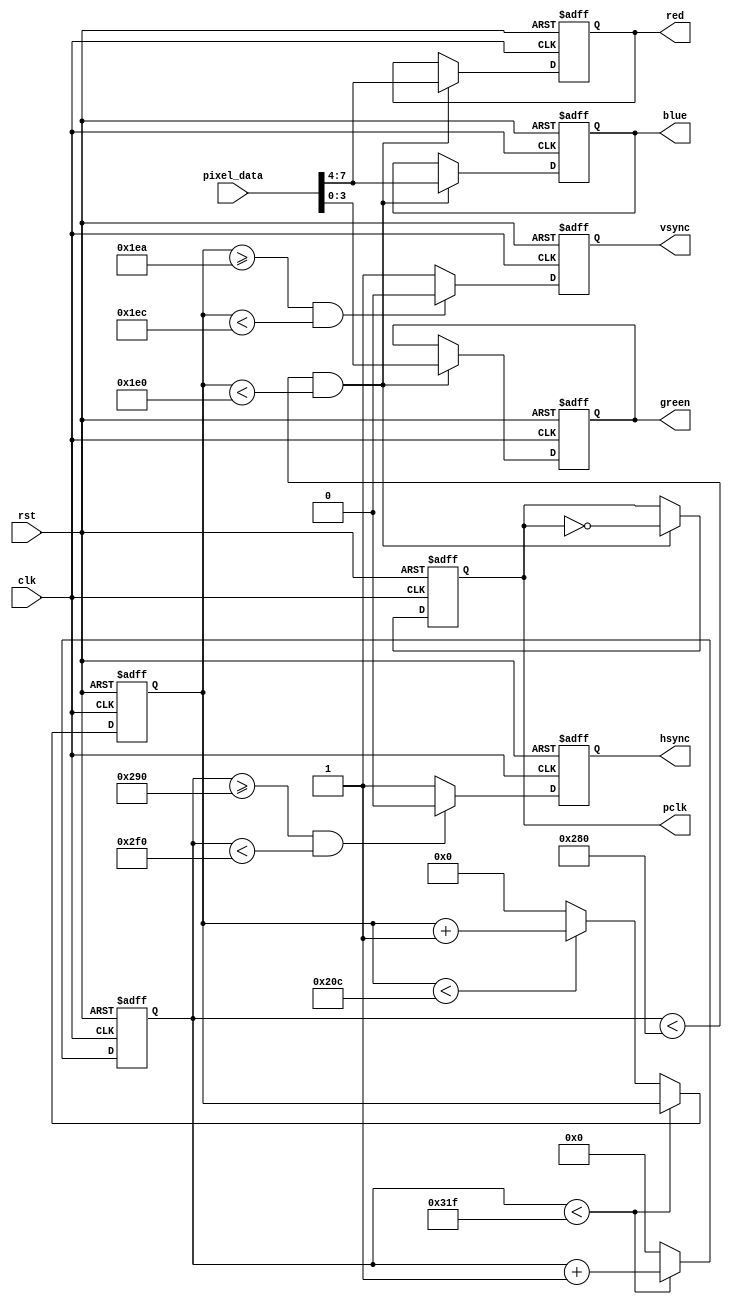
module vga_controller (
    input wire clk,
    input wire rst,
    input wire [7:0] pixel_data,
    output reg hsync,
    output reg vsync,
    output reg pclk,
    output reg [3:0] red,
    output reg [3:0] green,
    output reg [3:0] blue
);

reg [10:0] h_counter;
reg [9:0] v_counter;

// Horizontal timing parameters
parameter H_DISPLAY = 640;
parameter H_FRONT_PORCH = 16;
parameter H_SYNC = 96;
parameter H_BACK_PORCH = 48;

// Vertical timing parameters
parameter V_DISPLAY = 480;
parameter V_FRONT_PORCH = 10;
parameter V_SYNC = 2;
parameter V_BACK_PORCH = 33;

always @(posedge clk or posedge rst) begin
    if (rst) begin
        h_counter <= 0;
        v_counter <= 0;
        hsync <= 1;
        vsync <= 1;
        pclk <= 0;
        red <= 0;
        green <= 0;
        blue <= 0;
    end else begin
        // Horizontal counter
        if (h_counter < H_DISPLAY + H_FRONT_PORCH + H_SYNC + H_BACK_PORCH - 1) begin
            h_counter <= h_counter + 1;
        end else begin
            h_counter <= 0;
            if (v_counter < V_DISPLAY + V_FRONT_PORCH + V_SYNC + V_BACK_PORCH - 1) begin
                v_counter <= v_counter + 1;
            end else begin
                v_counter <= 0;
            end
        end

        // Horizontal sync generation
        if (h_counter >= H_DISPLAY + H_FRONT_PORCH && h_counter < H_DISPLAY + H_FRONT_PORCH + H_SYNC) begin
            hsync <= 0;
        end else begin
            hsync <= 1;
        end

        // Vertical sync generation
        if (v_counter >= V_DISPLAY + V_FRONT_PORCH && v_counter < V_DISPLAY + V_FRONT_PORCH + V_SYNC) begin
            vsync <= 0;
        end else begin
            vsync <= 1;
        end

        // Pixel clock generation
        if (h_counter < H_DISPLAY && v_counter < V_DISPLAY) begin
            pclk <= ~pclk;
            red <= pixel_data[7:4];
            green <= pixel_data[3:0];
            blue <= pixel_data[7:4];
        end
    end
end

endmodule